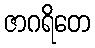
ဇာဂရိတေ